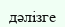
дәлізге